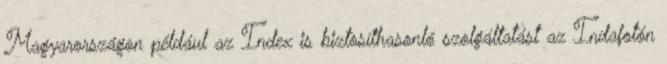
Magyarországon például az Index is biztosíthasonló szolgáltatást az Indafotón